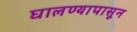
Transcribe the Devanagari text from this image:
घालण्यापासून